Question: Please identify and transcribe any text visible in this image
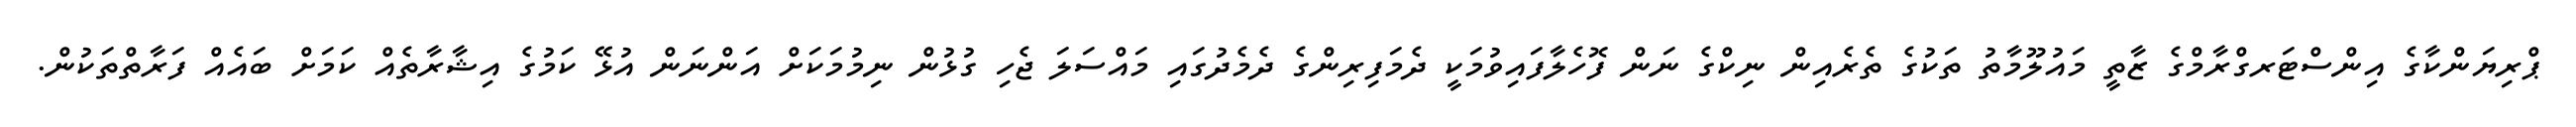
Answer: ޕްރިޔަންކާގެ އިންސްޓަރގްރާމްގެ ޒާތީ މައުލޫމާތު ތަކުގެ ތެރެއިން ނިކްގެ ނަން ފޮހެލާފައިވުމަކީ ދެމަފިރިންގެ ދެމެދުގައި މައްސަލަ ޖެހި ގުޅުން ނިމުމަކަށް އަންނަން އުޅޭ ކަމުގެ އިޝާރާތެއް ކަމަށް ބައެއް ފަރާތްތަކުން.